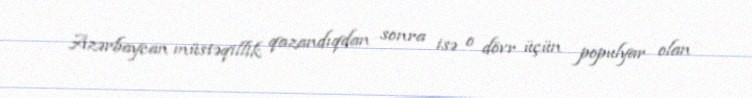
Azərbaycan müstəqillik qazandıqdan sonra isə o dövr üçün populyar olan